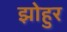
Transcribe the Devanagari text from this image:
झोहुर